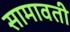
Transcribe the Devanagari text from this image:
सामावती